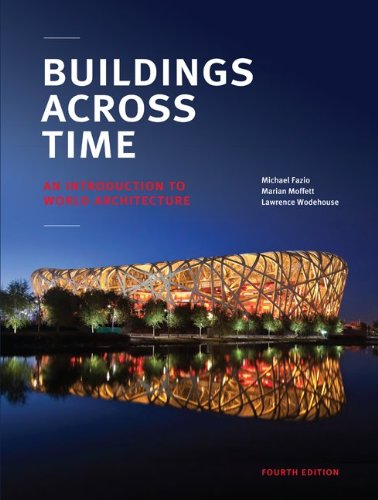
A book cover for Buildings across Time: An Introduction to World Architecture; Michael Fazio; Arts & Photography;